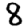
Digit: 8